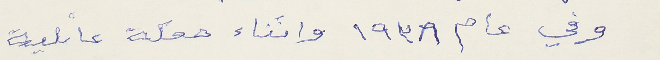
وفي عام ١٩٣٨ واثناء حفلة عائلية